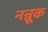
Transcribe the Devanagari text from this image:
नन्नूक